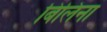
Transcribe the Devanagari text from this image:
बिलिना